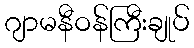
ဂျာမနီဝန်ကြီးချုပ်